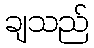
ချသည်